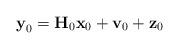
LaTeX: \begin{align*}\textbf{y}_{0} &= \textbf{H}_{0} \textbf{x}_{0} +\textbf{v}_{0}+\textbf{z}_{0}\end{align*}